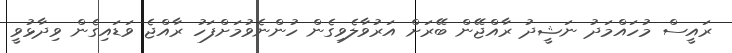
ރައީސް މުހައްމަދު ނަޝީދު ރާއްޖޭން ބޭރަށް އަރުވާލެވިގެން ހުންނެވުމަށްފަހު ރާއްޖެ ވަޑައިގެން ވިދާޅުވީ